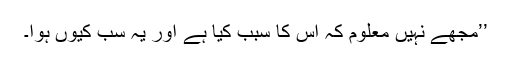
’’مجھے نہیں معلوم کہ اس کا سبب کیا ہے اور یہ سب کیوں ہوا۔